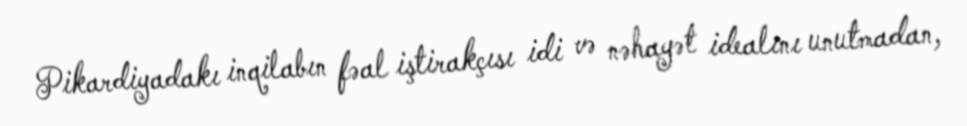
Pikardiyadakı inqilabın fəal iştirakçısı idi və nəhayət idealını unutmadan,